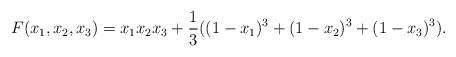
LaTeX: \begin{align*}F(x_1,x_2,x_3)=x_1 x_2 x_3+ \frac 13 ((1-x_1)^3+(1-x_2)^3+(1-x_3)^3).\end{align*}